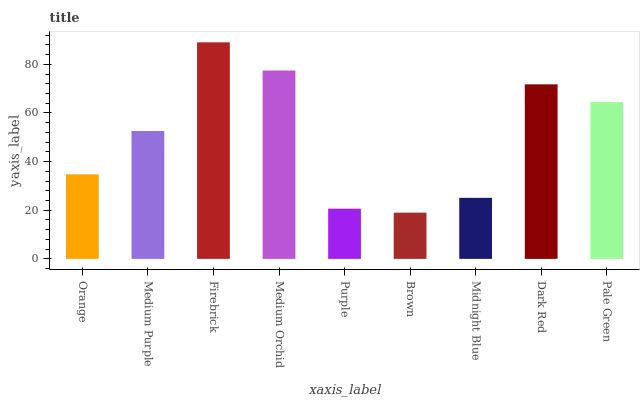
| xaxis_label | bars |
 | --- | --- |
 | Orange | 34.8 |
 | Medium Purple | 52.6 |
 | Firebrick | 89 |
 | Medium Orchid | 77.4 |
 | Purple | 20.6 |
 | Brown | 19 |
 | Midnight Blue | 25.1 |
 | Dark Red | 71.7 |
 | Pale Green | 64.4 |